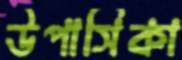
উপাসিকা